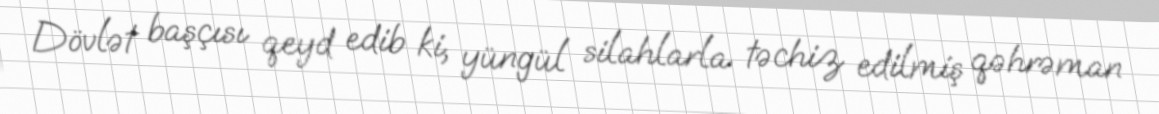
Dövlət başçısı qeyd edib ki, yüngül silahlarla təchiz edilmiş qəhrəman